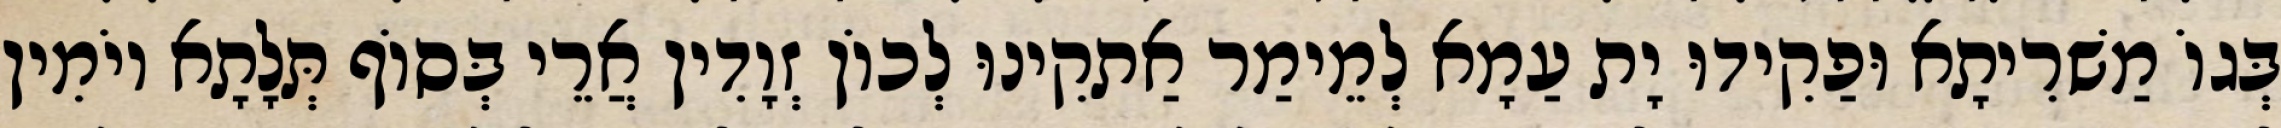
בְּגוֹ מַשׁרִיתָא וּפַקִידוּ יָת עַמָא לְמֵימַר אַתקִינוּ לְכוֹן זְוָדִין אֲרֵי בְּסוֹף תְּלָתָא יוֹמִין